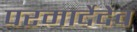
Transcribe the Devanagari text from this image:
परमार्देदेव